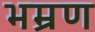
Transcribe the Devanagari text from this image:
भम्रण